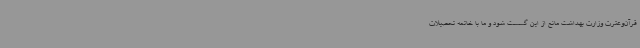
قرآن‌وعترت وزارت بهداشت مانع از این گسست شود و ما با خاتمه تحصیلات